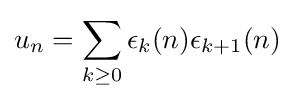
u_{n}=\sum _{k\geq 0}\epsilon _{k}(n)\epsilon _{k+1}(n)